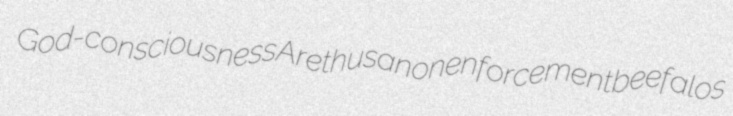
God-consciousness Arethusa nonenforcement beefalos